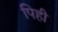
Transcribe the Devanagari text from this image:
पिही